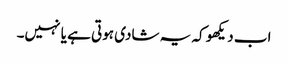
اب دیکھو کہ یہ شادی ہوتی ہے یا نہیں۔